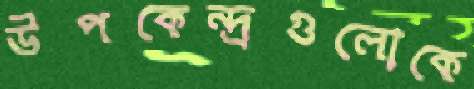
উপকেন্দ্রগুলোকে